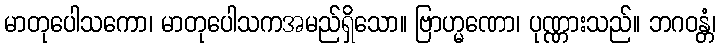
မာတုပေါသကော၊ မာတုပေါသကအမည်ရှိသော။ ဗြာဟ္မဏော၊ ပုဏ္ဏားသည်။ ဘဂဝန္တံ၊